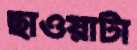
ছাওয়াটা